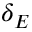
\delta _ { E }